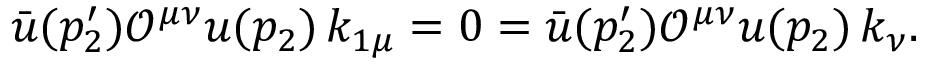
\bar { u } ( p _ { 2 } ^ { \prime } ) \mathcal { O } ^ { \mu \nu } u ( p _ { 2 } ) \, k _ { 1 \mu } = 0 = \bar { u } ( p _ { 2 } ^ { \prime } ) \mathcal { O } ^ { \mu \nu } u ( p _ { 2 } ) \, k _ { \nu } .